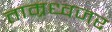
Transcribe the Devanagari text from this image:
ताम्रध्वजर